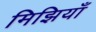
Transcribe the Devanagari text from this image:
मिझियाँ